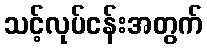
သင့်လုပ်ငန်းအတွက်